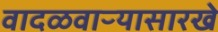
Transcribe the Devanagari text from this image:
वादळवाऱ्यासारखे